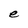
Character: e